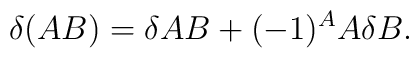
\delta (AB) = \delta AB + (-1)^{A} A \delta B.